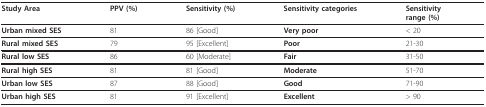
| Study Area | PPV (%) | Sensitivity (%) | Sensitivity categories | Sensitivityrange (%) |
 | --- | --- | --- | --- | --- |
 | Urban mixed SES | 81 | 86 [Good] | Very poor | < 20 |
 | Rural mixed SES | 79 | 95 [Excellent] | Poor | 21-30 |
 | Rural low SES | 86 | 60 [Moderate] | Fair | 31-50 |
 | Rural high SES | 81 | 81 [Good] | Moderate | 51-70 |
 | Urban low SES | 87 | 88 [Good] | Good | 71-90 |
 | Urban high SES | 81 | 91 [Excellent] | Excellent | > 90 |